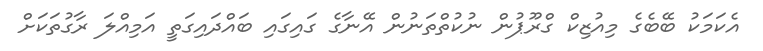
އެކަމަކު ބޭބެގެ މިއުޒިކް ގްރޫޕުން ނުކުތްތަނުން އޭނާގެ ގައިގައި ބައްދައިގަތީ އަމިއްލަ ރާގުތަކަށް